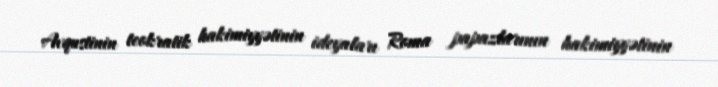
Avqustinin teokratik hakimiyyətinin ideyaları Roma papazlarının hakimiyyətinin